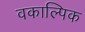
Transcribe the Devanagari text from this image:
वकाल्पिक